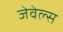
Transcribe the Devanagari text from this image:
जेवेल्स